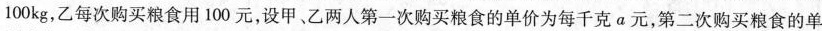
100kg，乙每次购买粮食用100元，设甲、乙两人第一次购买粮食的单价为每千克a元，第二次购买粮食的单